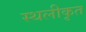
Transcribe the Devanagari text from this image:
स्थलीकृत